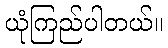
ယုံကြည်ပါတယ်။